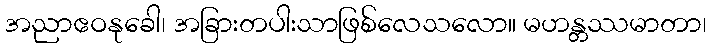
အညာဧဝနုခေါ၊ အခြားတပါးသာဖြစ်လေသလော။ မဟန္တဿမာတာ၊